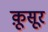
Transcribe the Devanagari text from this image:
क़ूसूर